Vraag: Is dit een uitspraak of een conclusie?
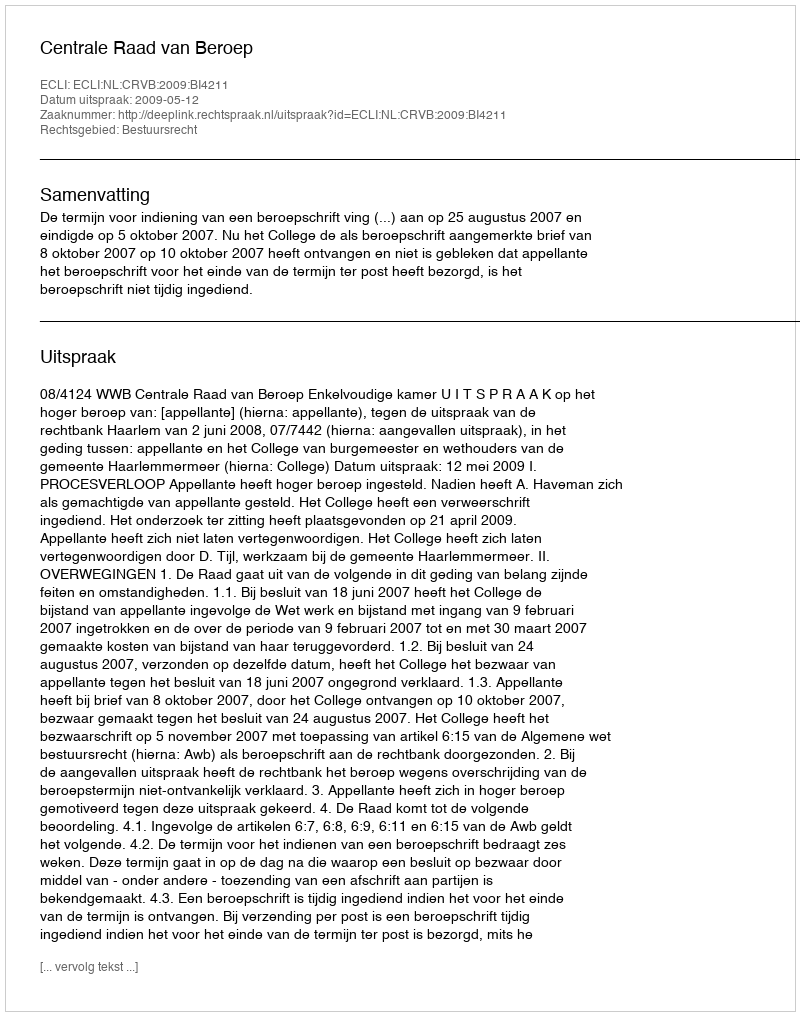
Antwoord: Uitspraak